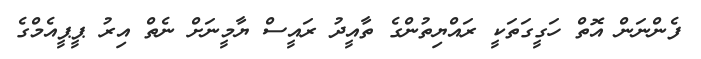
ފެންނަން އޮތް ހަގީގަތަކީ ރައްޔިތުންގެ ތާއީދު ރައީސް ޔާމީނަށް ނެތް އިރު ޕީޕީއެމްގެ